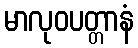
မာလုဝပတ္တာနံ